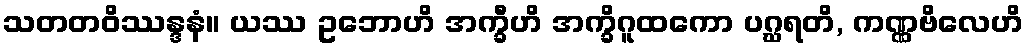
သတတဝိဿန္ဒနံ။ ယဿ ဥဘောဟိ အက္ခီဟိ အက္ခိဂူထကော ပဂ္ဃရတိ, ကဏ္ဏဗိလေဟိ